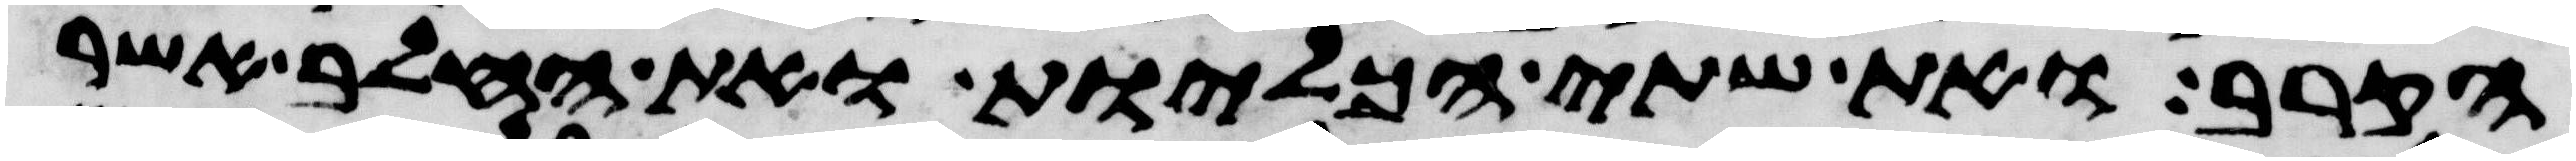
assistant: הקרב ואת שתי הכליות ואת החלב אשר